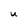
Character: U